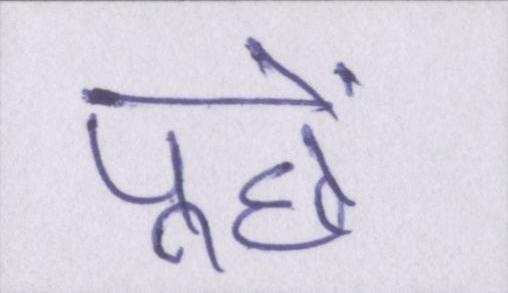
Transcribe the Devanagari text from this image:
पूछें